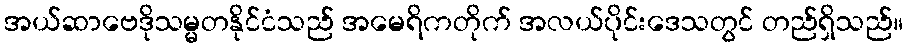
အယ်ဆာဗေဒိုသမ္မတနိုင်ငံသည် အမေရိကတိုက် အလယ်ပိုင်းဒေသတွင် တည်ရှိသည်။